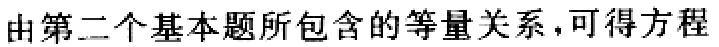
由第二个基本题所包含的等量关系，可得方程